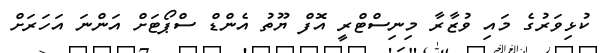
ކުޅިވަރުގެ މައި ވުޒާރާ މިނިސްޓްރީ އޮފް ޔޫތު އެންޑް ސްޕޯޓަށް އަންނަ އަހަރަށް